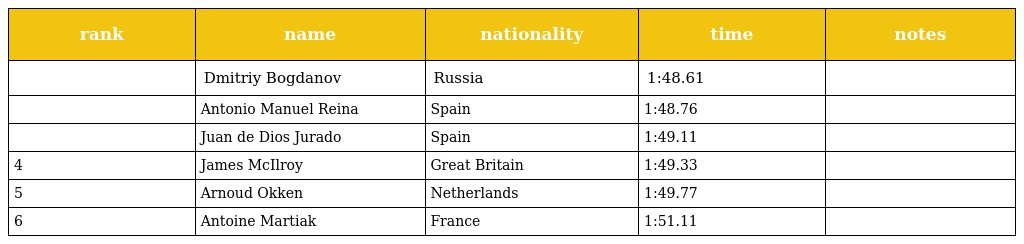
| rank | name | nationality | time | notes |
 | --- | --- | --- | --- | --- |
 |  | Dmitriy Bogdanov | Russia | 1:48.61 |  |
 |  | Antonio Manuel Reina | Spain | 1:48.76 |  |
 |  | Juan de Dios Jurado | Spain | 1:49.11 |  |
 | 4 | James McIlroy | Great Britain | 1:49.33 |  |
 | 5 | Arnoud Okken | Netherlands | 1:49.77 |  |
 | 6 | Antoine Martiak | France | 1:51.11 |  |